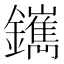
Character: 䥴